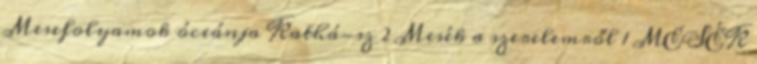
Mesefolyamok óceánja Kathá-sz 2 Mesék a szerelemről 1 MESÉK